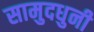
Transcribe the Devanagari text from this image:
सामुदधुनी